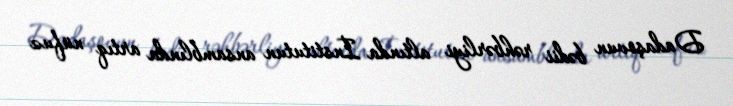
Dadaşovun bədii rəhbərliyi altında İnstitutun ansamblında artıq nüfuz